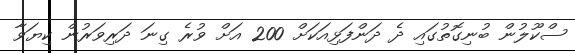
ސްކޫލުން ބުނިގޮތުގައި ދެ ދަންފަޅިއަކަށް 200 އަށް ވުރެ ގިނަ ދަރިވަރުން ކިޔަވާ